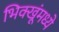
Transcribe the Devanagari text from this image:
भिक्खूंमध्ये